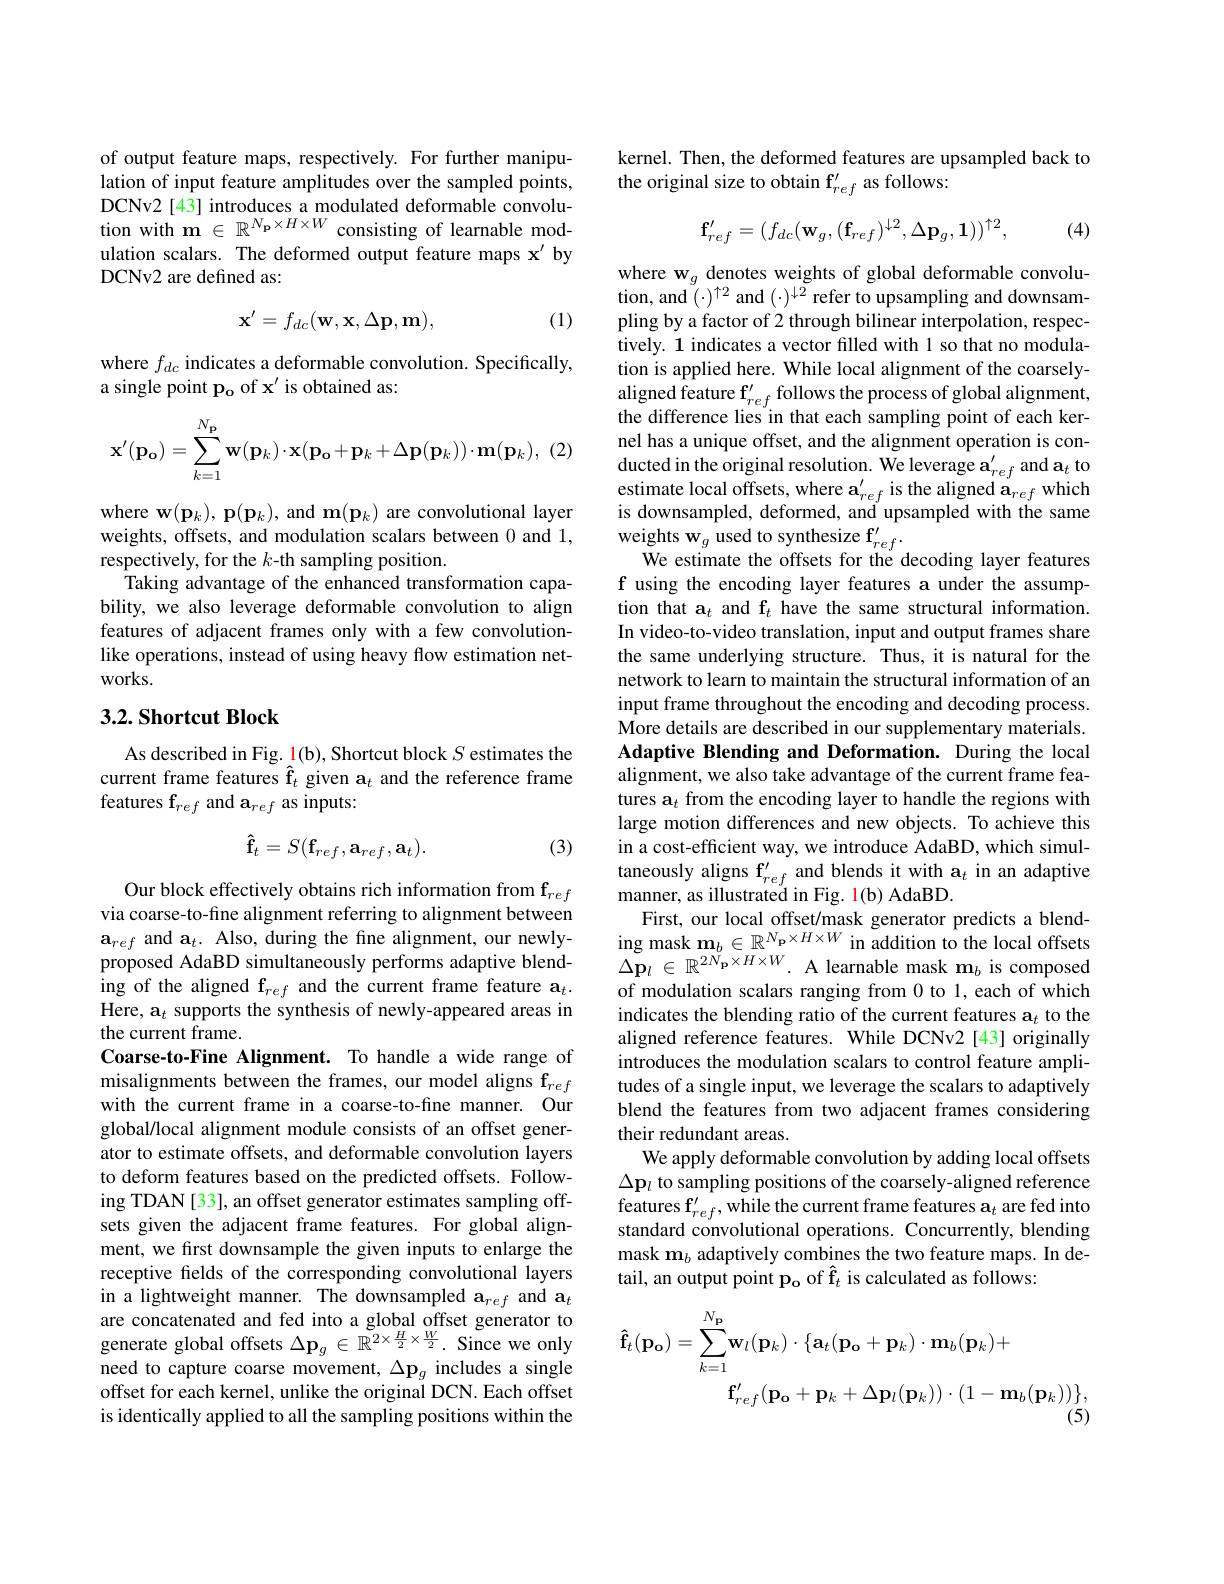
of output feature maps, respectively. For further manipulation of input feature amplitudes over the sampled points, DCNv2 [43] introduces a modulated deformable convolution with $\mathbf{m}\in\mathbb{R}^{N_{\mathbf{p}}\times H\times W}$consisting of learnable modulation scalars. The deformed output feature maps $\mathbf{x}^{\prime}$ by DCNv2 are defined as:

(1)
$$\mathbf{x}^{\prime}=f_{dc}(\mathbf{w},\mathbf{x},\Delta\mathbf{p},\mathbf{m}),$$
where $f_dc$ indicates a deformable convolution. Specifically,
a single point po of x' is obtained as:
$$\mathbf{x'}(\mathbf{p_o})=\sum_{k=1}^{N_\mathbf{p}}\mathbf{w}(\mathbf{p_k})\cdot\mathbf{x}(\mathbf{p_o}+\mathbf{p_k}+\Delta\mathbf{p}(\mathbf{p_k}))\cdot\mathbf{m}(\mathbf{p_k}),$$
where w$(\mathbf{p}_k),\mathbf{p}(\mathbf{p}_k)$, and m$(\mathbf{p}_k)$ are convolutional layer weights, offsets, and modulation scalars between 0 and 1, respectively, for the $k$-th sampling position.
Taking advantage of the enhanced transformation capability, we also leverage deformable convolution to align features of adjacent frames only with a few convolutionlike operations, instead of using heavy flow estimation networks.

## 3.2. Shortcut Block

As described in Fig. 1(b), Shortcut block $S$ estimates the current frame features $\hat{\mathbf{f}}_t$ given a$_t$ and the reference frame features $\mathbf f_{ref}$ and $\mathbf a_{ref}$ as inputs:
$$\mathbf{\hat{f}}_{t}=S(\mathbf{f}_{ref},\mathbf{a}_{ref},\mathbf{a}_{t}).$$
(3)

Our block effectively obtains rich information from $\mathbf{f}_{ref}$ via coarse-to-fine alignment referring to alignment between $\mathbf{a}_{ref}$ and a$_t.$ Also, during the fine alignment, our newlyproposed AdaBD simultaneously performs adaptive blending of the aligned f$_ref$ and the current frame feature a$_t.$ Here, a$_t$ supports the synthesis of newly-appeared areas in the current frame.
Coarse-to-Fine Alignment. To handle a wide range of misalignments between the frames, our model aligns f$_ref$ with the current frame in a coarse-to-fine manner. Our global/local alignment module consists of an offset generator to estimate offsets, and deformable convolution layers to deform features based on the predicted offsets. Following TDAN [33], an offset generator estimates sampling offsets given the adjacent frame features. For global alignment, we first downsample the given inputs to enlarge the receptive fields of the corresponding convolutional layers in a lightweight manner. The downsampled a$_ref$ and a$_t$ are concatenated and fed into a global offset generator to generate global offsets $\Delta\mathbf{p}_g\in\mathbb{R}^{2\times\frac H2\times\frac W2.}$ Since we only need to capture coarse movement, $\Delta\mathbf{p}_g$ includes a single offset for each kernel, unlike the original DCN. Each offset is identically applied to all the sampling positions within the

kernel. Then, the deformed features are upsampled back to
the original size to obtain f$_ref^{\prime}$ as follows:

(4)
$$\mathbf{f}_{ref}^{\prime}=(f_{dc}(\mathbf{w}_{g},(\mathbf{f}_{ref})^{\downarrow2},\Delta\mathbf{p}_{g},\mathbf{1}))^{\uparrow2},$$
$\begin{array}{l}{\mathrm{where~w_{g}~denotes~weights~of~global~deformable~convolu-}}\\{\mathrm{tion,~and~(\cdot)^{\uparrow2}~and~(\cdot)^{\downarrow2}~refer~to~upsampling~and~downsam-}}\\\end{array}$ pling by a factor of 2 through bilinear interpolation, respectively. 1 indicates a vector filled with 1 so that no modulation is applied here. While local alignment of the coarselyaligned feature $\mathbf{f}_{ref}^{\prime}$ follows the process of global alignment, the difference lies in that each sampling point of each kernel has a unique offset, and the alignment operation is conducted in the original resolution. We leverage $\mathbf{a}_{ref}^{\prime}$ and $\mathbf{a}_t$ to estimate local offsets, where $\mathbf{a}_{ref}^{\prime}$ is the aligned $\mathbf{a}_ref$ which is downsampled, deformed, and upsampled with the same weights w$_g$ used to synthesize f$_ref^{\prime}.$
We estimate the offsets for the decoding layer features f using the encoding layer features a under the assumption that $\mathbf{a}_t$ and f$_t$ have the same structural information. In video-to-video translation, input and output frames share the same underlying structure. Thus, it is natural for the network to learn to maintain the structural information of an input frame throughout the encoding and decoding process. More details are described in our supplementary materials. Adaptive Blending and Deformation. During the local alignment, we also take advantage of the current frame features a$_t$ from the encoding layer to handle the regions with large motion differences and new objects. To achieve this in a cost-efficient way, we introduce AdaBD, which simultaneously aligns $\mathbf{f}_{ref}^{\prime}$ and blends it with a$_t$ in an adaptive manner, as illustrated in Fig. 1(b) AdaBD.
First, our local offset/mask generator predicts a blending mask $\mathbf{m}_b\in\mathbb{R}^{N_{\mathbf{p}}\times H\times W}$ in addition to the local offsets $\bar {\Delta \mathbf{p} _l}$ $\in$ $\mathbb{R} ^{2N_{\mathbf{p} }\times H\times W}.$ A learnable mask $\mathbf{m}_b$ is composed of modulation scalars ranging from 0 to 1, each of which indicates the blending ratio of the current features a$_t$ to the aligned reference features. While DCNv2 [43] originally introduces the modulation scalars to control feature amplitudes of a single input, we leverage the scalars to adaptively blend the features from two adjacent frames considering their redundant areas.
We apply deformable convolution by adding local offsets $\Delta\mathbf{p}_l$ to sampling positions of the coarsely-aligned reference features $\mathbf{f}_{ref}^{\prime}$,while the current frame features $\mathbf{a}_t$ are fed into standard convolutional operations. Concurrently, blending mask $\mathbf{m}_b$ adaptively combines the two feature maps. In detail, an output point po of $\hat{\mathbf{f}}_t$ is calculated as follows:
$$\mathbf{\hat{f}}_{t}(\mathbf{p_{o}})=\sum_{k=1}^{N_{\mathbf{p}}}\mathbf{w}_{l}(\mathbf{p}_{k})\cdot\{\mathbf{a}_{t}(\mathbf{p}_{\mathbf{o}}+\mathbf{p}_{k})\cdot\mathbf{m}_{b}(\mathbf{p}_{k})+\\\mathbf{f}_{ref}^{\prime}(\mathbf{p_{o}}+\mathbf{p}_{k}+\Delta\mathbf{p}_{l}(\mathbf{p}_{k}))\cdot(1-\mathbf{m}_{b}(\mathbf{p}_{k}))\},$$